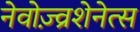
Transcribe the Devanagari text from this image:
नेवोज़्व्रशेनेत्स